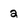
Character: 2